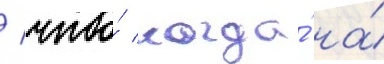
/ что́ когда́ на́